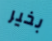
بخير